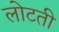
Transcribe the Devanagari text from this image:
लोटती